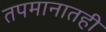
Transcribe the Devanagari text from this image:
तपमानातही